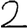
Digit: 2